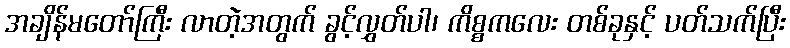
အချိန်မတော်ကြီး လာတဲ့အတွက် ခွင့်လွှတ်ပါ၊ ကိစ္စကလေး တစ်ခုနှင့် ပတ်သက်ပြီး